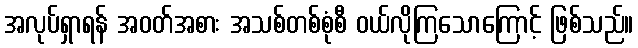
အလုပ်ရှာရန် အဝတ်အစား အသစ်တစ်စုံစီ ဝယ်လိုကြသောကြောင့် ဖြစ်သည်။